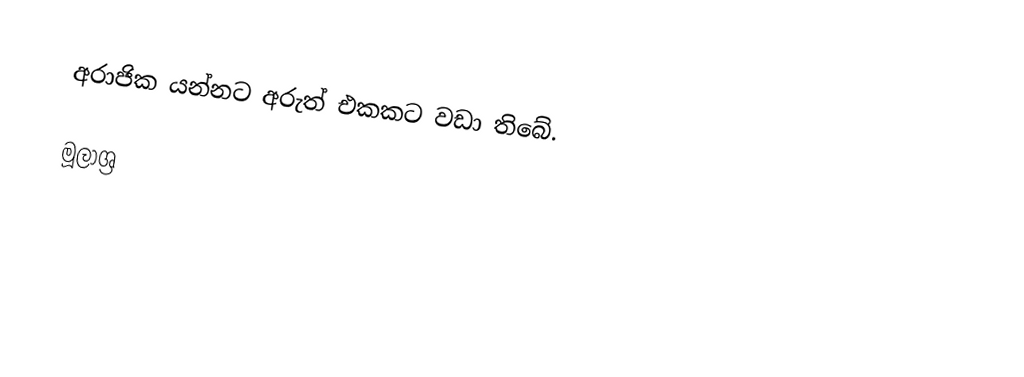
අරාජික යන්නට අරුත් එකකට වඩා තිබේ.

මූලාශ්‍ර